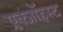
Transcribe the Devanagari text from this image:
एक्जाॅहस्ट